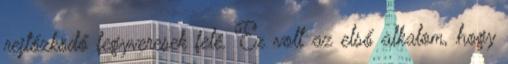
rejtőzködő fegyveresek felé. Ez volt az első alkalom, hogy